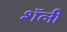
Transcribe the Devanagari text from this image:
शॅली